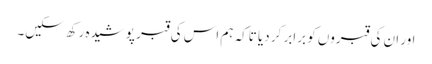
اور ان کی قبروں کو برابر کر دیا تاکہ ہم اس کی قبر پوشیدہ رکھ سکیں۔